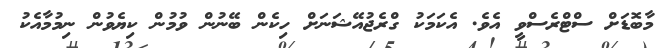
މާބޮޑަށް ސްޓްރެސްވީ އެވެ. އެކަމަކު ގްރެޖުއޭޝަނަށް ހިކެން ބޭނުން ވުމުން ކިޔެވުން ނިމުމާއެކު